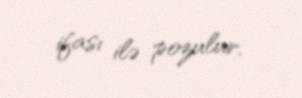
ifası ilə pozulur.